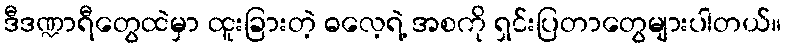
ဒီဒဏ္ဍာရီတွေထဲမှာ ထူးခြားတဲ့ ဓလေ့ရဲ့ အစကို ရှင်းပြတာတွေများပါတယ်။